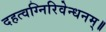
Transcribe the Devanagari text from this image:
दहत्वग्निरिवेन्धनम्॥